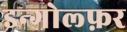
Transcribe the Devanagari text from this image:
इन्गोल्फ़र